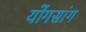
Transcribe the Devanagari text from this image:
योंगसांग